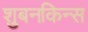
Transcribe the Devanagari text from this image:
शुबनकिन्स